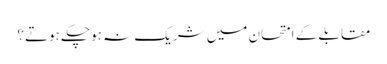
مقابلے کے امتحان میں شریک نہ ہوچکے ہوتے؟